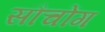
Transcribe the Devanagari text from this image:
सौचोंग